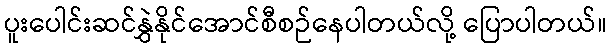
ပူးပေါင်းဆင်နွှဲနိုင်အောင်စီစဉ်နေပါတယ်လို့ ပြောပါတယ်။